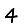
Digit: 4